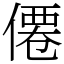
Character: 僊